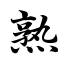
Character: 熟